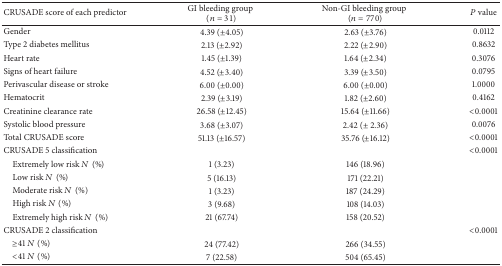
| CRUSADE score of each predictor | GI bleeding group(n = 31) | Non-GI bleeding group(n = 770) | P value |
 | --- | --- | --- | --- |
 | Gender | 4.39 (±4.05) | 2.63 (±3.76) | 0.0112 |
 | Type 2 diabetes mellitus | 2.13 (±2.92) | 2.22 (±2.90) | 0.8632 |
 | Heart rate | 1.45 (±1.39) | 1.64 (±2.34) | 0.3076 |
 | Signs of heart failure | 4.52 (±3.40) | 3.39 (±3.50) | 0.0795 |
 | Perivascular disease or stroke | 6.00 (±0.00) | 6.00 (±0.00) | 1.0000 |
 | Hematocrit | 2.39 (±3.19) | 1.82 (±2.60) | 0.4162 |
 | Creatinine clearance rate | 26.58 (±12.45) | 15.64 (±11.66) | <0.0001 |
 | Systolic blood pressure | 3.68 (±3.07) | 2.42 (± 2.36) | 0.0076 |
 | Total CRUSADE score | 51.13 (±16.57) | 35.76 (±16.12) | <0.0001 |
 | CRUSADE 5 classification |  |  | <0.0001 |
 | Extremely low risk N(%) | 1 (3.23) | 146 (18.96) |  |
 | Low risk N(%) | 5 (16.13) | 171 (22.21) |  |
 | Moderate risk N(%) | 1 (3.23) | 187 (24.29) |  |
 | High risk N(%) | 3 (9.68) | 108 (14.03) |  |
 | Extremely high risk N(%) | 21 (67.74) | 158 (20.52) |  |
 | CRUSADE 2 classification |  |  | <0.0001 |
 | ≥41 N(%) | 24 (77.42) | 266 (34.55) |  |
 | <41 N(%) | 7 (22.58) | 504 (65.45) |  |